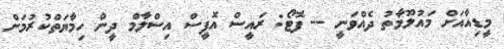
މީޑިއާއަށް މައުލޫމާތު ދެއްވަނީ -- ފޮޓޯ: ރައީސް އޮފީސް އިސްލާމް ދީން ހިމާޔަތްކުުރުމަށް